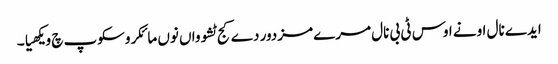
ایدے نال اونے اوس ٹی بی نال مرے مزدور دے کج ٹشوواں نوں مائکروسکوپ چ ویکھیا۔